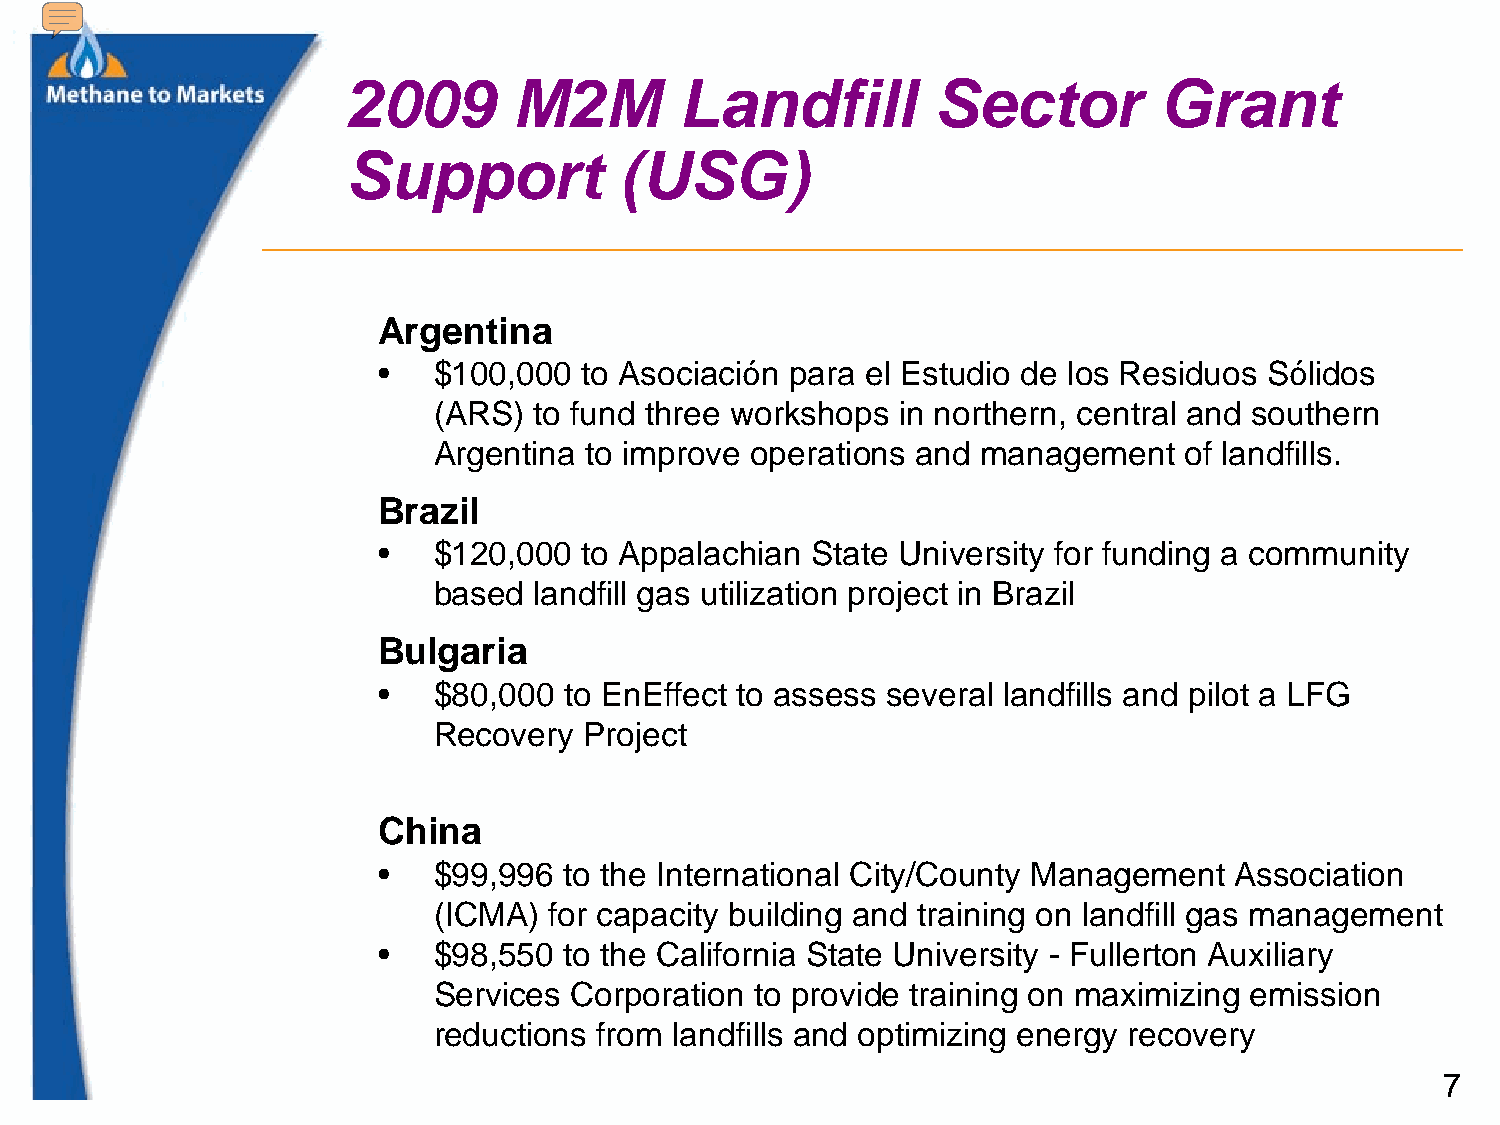
2009       M2M        Landfill         Sector         Grant
 Support           (USG)
 Argentina
 •   $100,000  to Asociación para el Estudio de los Residuos Sólidos
 (ARS) to fund three workshops in northern, central and southern
 Argentina to improve operations and management   of landfills.
 Brazil
 •   $120,000  to Appalachian State University for funding a community
 based landfill gas utilization project in Brazil
 Bulgaria
 •   $80,000 to EnEffect to assess several landfills and pilot a LFG
 Recovery  Project
 China
 •   $99,996 to the International City/County Management  Association
 (ICMA) for capacity building and training on landfill gas management
 •   $98,550 to the California State University - Fullerton Auxiliary
 Services Corporation to provide training on maximizing emission
 reductions from landfills and optimizing energy recovery
 7